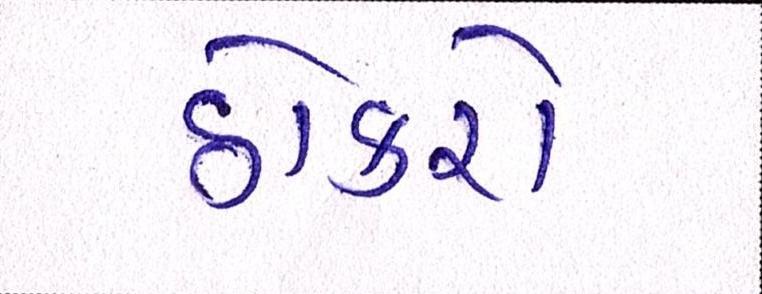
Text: ઠોકરો